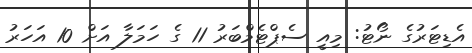
އެޑިޓަރުގެ ނޯޓު: މިއީ ސެޕްޓެމްބަރު 11 ގެ ހަމަލާ އަށް 10 އަހަރު